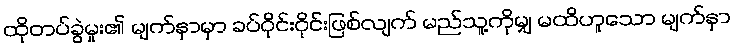
ထိုတပ်ခွဲမှုး၏ မျက်နှာမှာ ခပ်ဝိုင်းဝိုင်းဖြစ်လျက် မည်သူ့ကိုမျှ မထိဟူသော မျက်နှာ